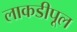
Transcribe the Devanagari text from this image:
लाकडीपूल